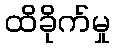
ထိခိုက်မှု